Vaccination in Bombay 1856-1862 - 1856-1862
Year: 1856
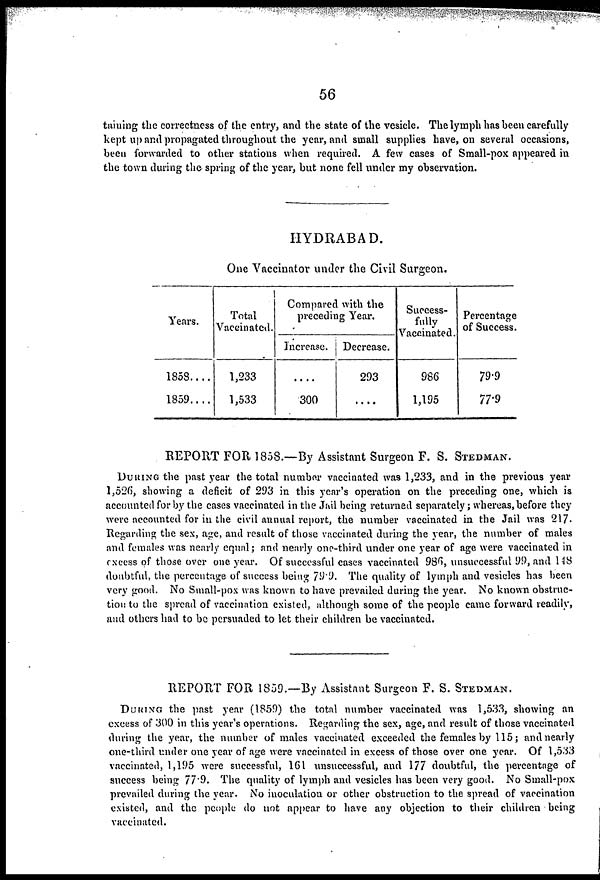
56
taining the correctness of the entry, and the state of the vesicle. The lymph has been carefully
kept up and propagated throughout the year, and small supplies have, on several occasions,
been forwarded to other stations when required. A few cases of Small-pox appeared in
the town during the spring of the year, but none fell under my observation.
HYDRABAD.
One Vaccinator under the Civil Surgeon.
Years.
1858....
1859....
Total
Vaccinated.
1,233
1,533
Compared with the
preceding Year.
Increase.
....
300
Decrease.
293
....
Success-
fully
Vaccinated.
986
1,195
Percentage
of Success.
79.9
77.9
REPORT FOR 1858.—By Assistant Surgeon F. S. STEDMAN.
DURING the past year the total number vaccinated was 1,233, and in the previous year
1,526, showing a deficit of 293 in this year's operation on the preceding one, which is
accounted for by the cases vaccinated in the Jail being returned separately; whereas, before they
were accounted for in the civil annual report, the number vaccinated in the Jail was 217.
Regarding the sex, age, and result of those vaccinated during the year, the number of males
and females was nearly equal; and nearly one-third under one year of age were vaccinated in
excess of those over one year. Of successful cases vaccinated 986, unsuccessful 99, and 148
doubtful, the percentage of success being 79.9. The quality of lymph and vesicles has been
very good. No Small-pox was known to have prevailed during the year. No known obstruc-
tion to the spread of vaccination existed, although some of the people came forward readily,
and others had to be persuaded to let their children be vaccinated.
REPORT FOR 1859.—By Assistant Surgeon F. S. STEDMAN.
DURING the past year (1859) the total number vaccinated was 1,533, showing an
excess of 300 in this year's operations. Regarding the sex, age, and result of those vaccinated
during the year, the number of males vaccinated exceeded the females by 115; and nearly
one-third under one year of age were vaccinated in excess of those over one year. Of 1,533
vaccinated, 1,195 were successful, 161 unsuccessful, and 177 doubtful, the percentage of
success being 77.9. The quality of lymph and vesicles has been very good. No Small-pox
prevailed during the year. No inoculation or other obstruction to the spread of vaccination
existed, and the people do not appear to have any objection to their children being
vaccinated.